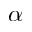
\alpha